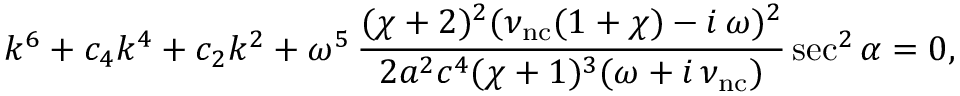
k ^ { 6 } + c _ { 4 } k ^ { 4 } + c _ { 2 } k ^ { 2 } + \omega ^ { 5 } \, \frac { ( \chi + 2 ) ^ { 2 } ( \nu _ { \mathrm { n c } } ( 1 + \chi ) - i \, \omega ) ^ { 2 } } { 2 a ^ { 2 } c ^ { 4 } ( \chi + 1 ) ^ { 3 } ( \omega + i \, \nu _ { \mathrm { n c } } ) } \sec ^ { 2 } \alpha = 0 ,